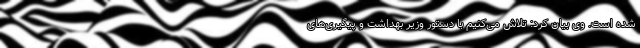
شده است. وی بیان کرد: تلاش می‌کنیم با دستور وزیر بهداشت و پیگیری‌های